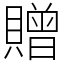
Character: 贈